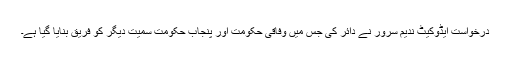
درخواست ایڈوکیٹ ندیم سرور نے دائر کی جس میں وفاقی حکومت اور پنجاب حکومت سمیت دیگر کو فریق بنایا گیا ہے۔